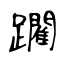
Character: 躙